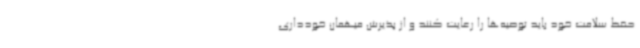
حفظ سلامت خود باید توصیه‌ها را رعایت کنند و از پذیرش میهمان خودداری